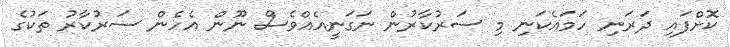
ކޮށްފައި ދަރަނި ހަމައެކަނި މި ސަރުކާރުން ނަގަނީއެއްވެސް ނޫން އެހެން ސަރުކާރު ތަކުގެ